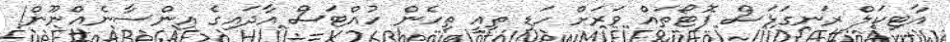
އާޓިކަލް ރަނގަޅަސް ފޮޓޯތައް ވަރަށް ހަޑި ތިއީ ތިހެން ހުއްޓަސް އާދައިގެ އިންސާނެއްނޫން!